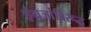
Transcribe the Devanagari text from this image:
इंग्रजांविरूद्ध